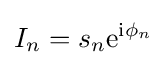
I_{n}=s_{n}{\rm {e}}^{{\rm {i}}\phi _{n}}